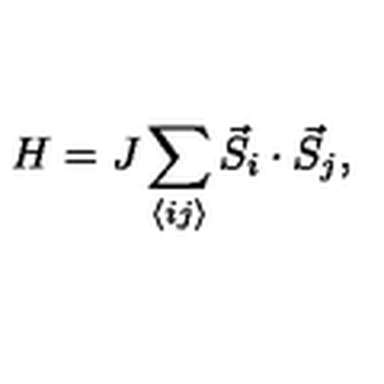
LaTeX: H = J \sum _ { \langle i j \rangle } \vec { S } _ { i } \cdot \vec { S } _ { j } ,